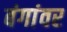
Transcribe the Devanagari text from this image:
बंगांवर